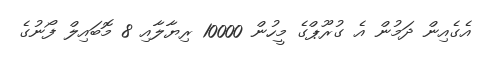
އެގެއިން ދަމުން އެ ގުރޫޕްގެ މީހުން 10000 ރިޔާލާއި 8 މޮބައިލް ފޯނުގެ